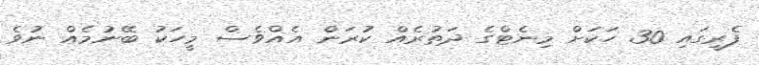
ފެރީގައި 30 ހަކަށް މިނެޓްގެ ދަތުރެއް ކުރަން އެއްވެސް މީހަކު ބޭނުމެއް ނުވެ